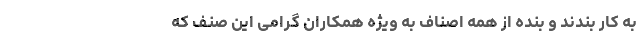
به کار بندند و بنده از همه اصناف به ویژه همکاران گرامی این صنف که